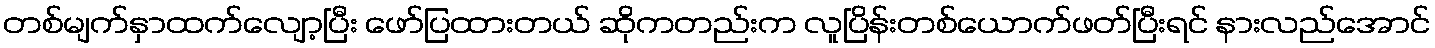
တစ်မျက်နှာထက်လျော့ပြီး ဖော်ပြထားတယ် ဆိုကတည်းက လူပြိန်းတစ်ယောက်ဖတ်ပြီးရင် နားလည်အောင်